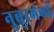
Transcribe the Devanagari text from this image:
नुबुरगंगई